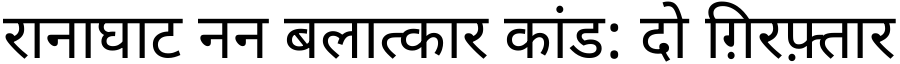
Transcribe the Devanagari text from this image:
रानाघाट नन बलात्कार कांड: दो ग़िरफ़्तार